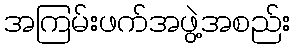
အကြမ်းဖက်အဖွဲ့အစည်း